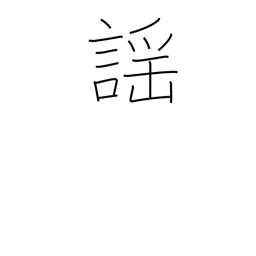
Meaning: noh chanting